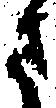
さ